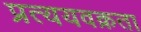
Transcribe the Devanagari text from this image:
प्रत्ययवक्रता